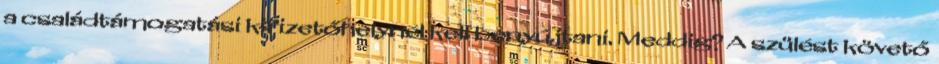
a családtámogatási kifizetőhelynél kell benyújtani. Meddig? A szülést követő